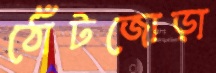
ঠোঁটজোড়া